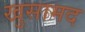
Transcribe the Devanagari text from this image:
खुसामद